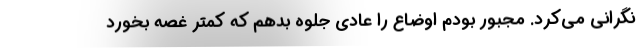
نگرانی می‌کرد. مجبور بودم اوضاع را عادی جلوه بدهم که کمتر غصه بخورد